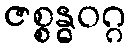
ဇစ္စန္ဓဝဂ္ဂ